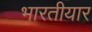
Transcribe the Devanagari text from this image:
भारतीयार